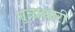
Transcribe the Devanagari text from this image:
मुन्नाधारी